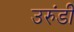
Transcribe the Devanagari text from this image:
उरुंडी